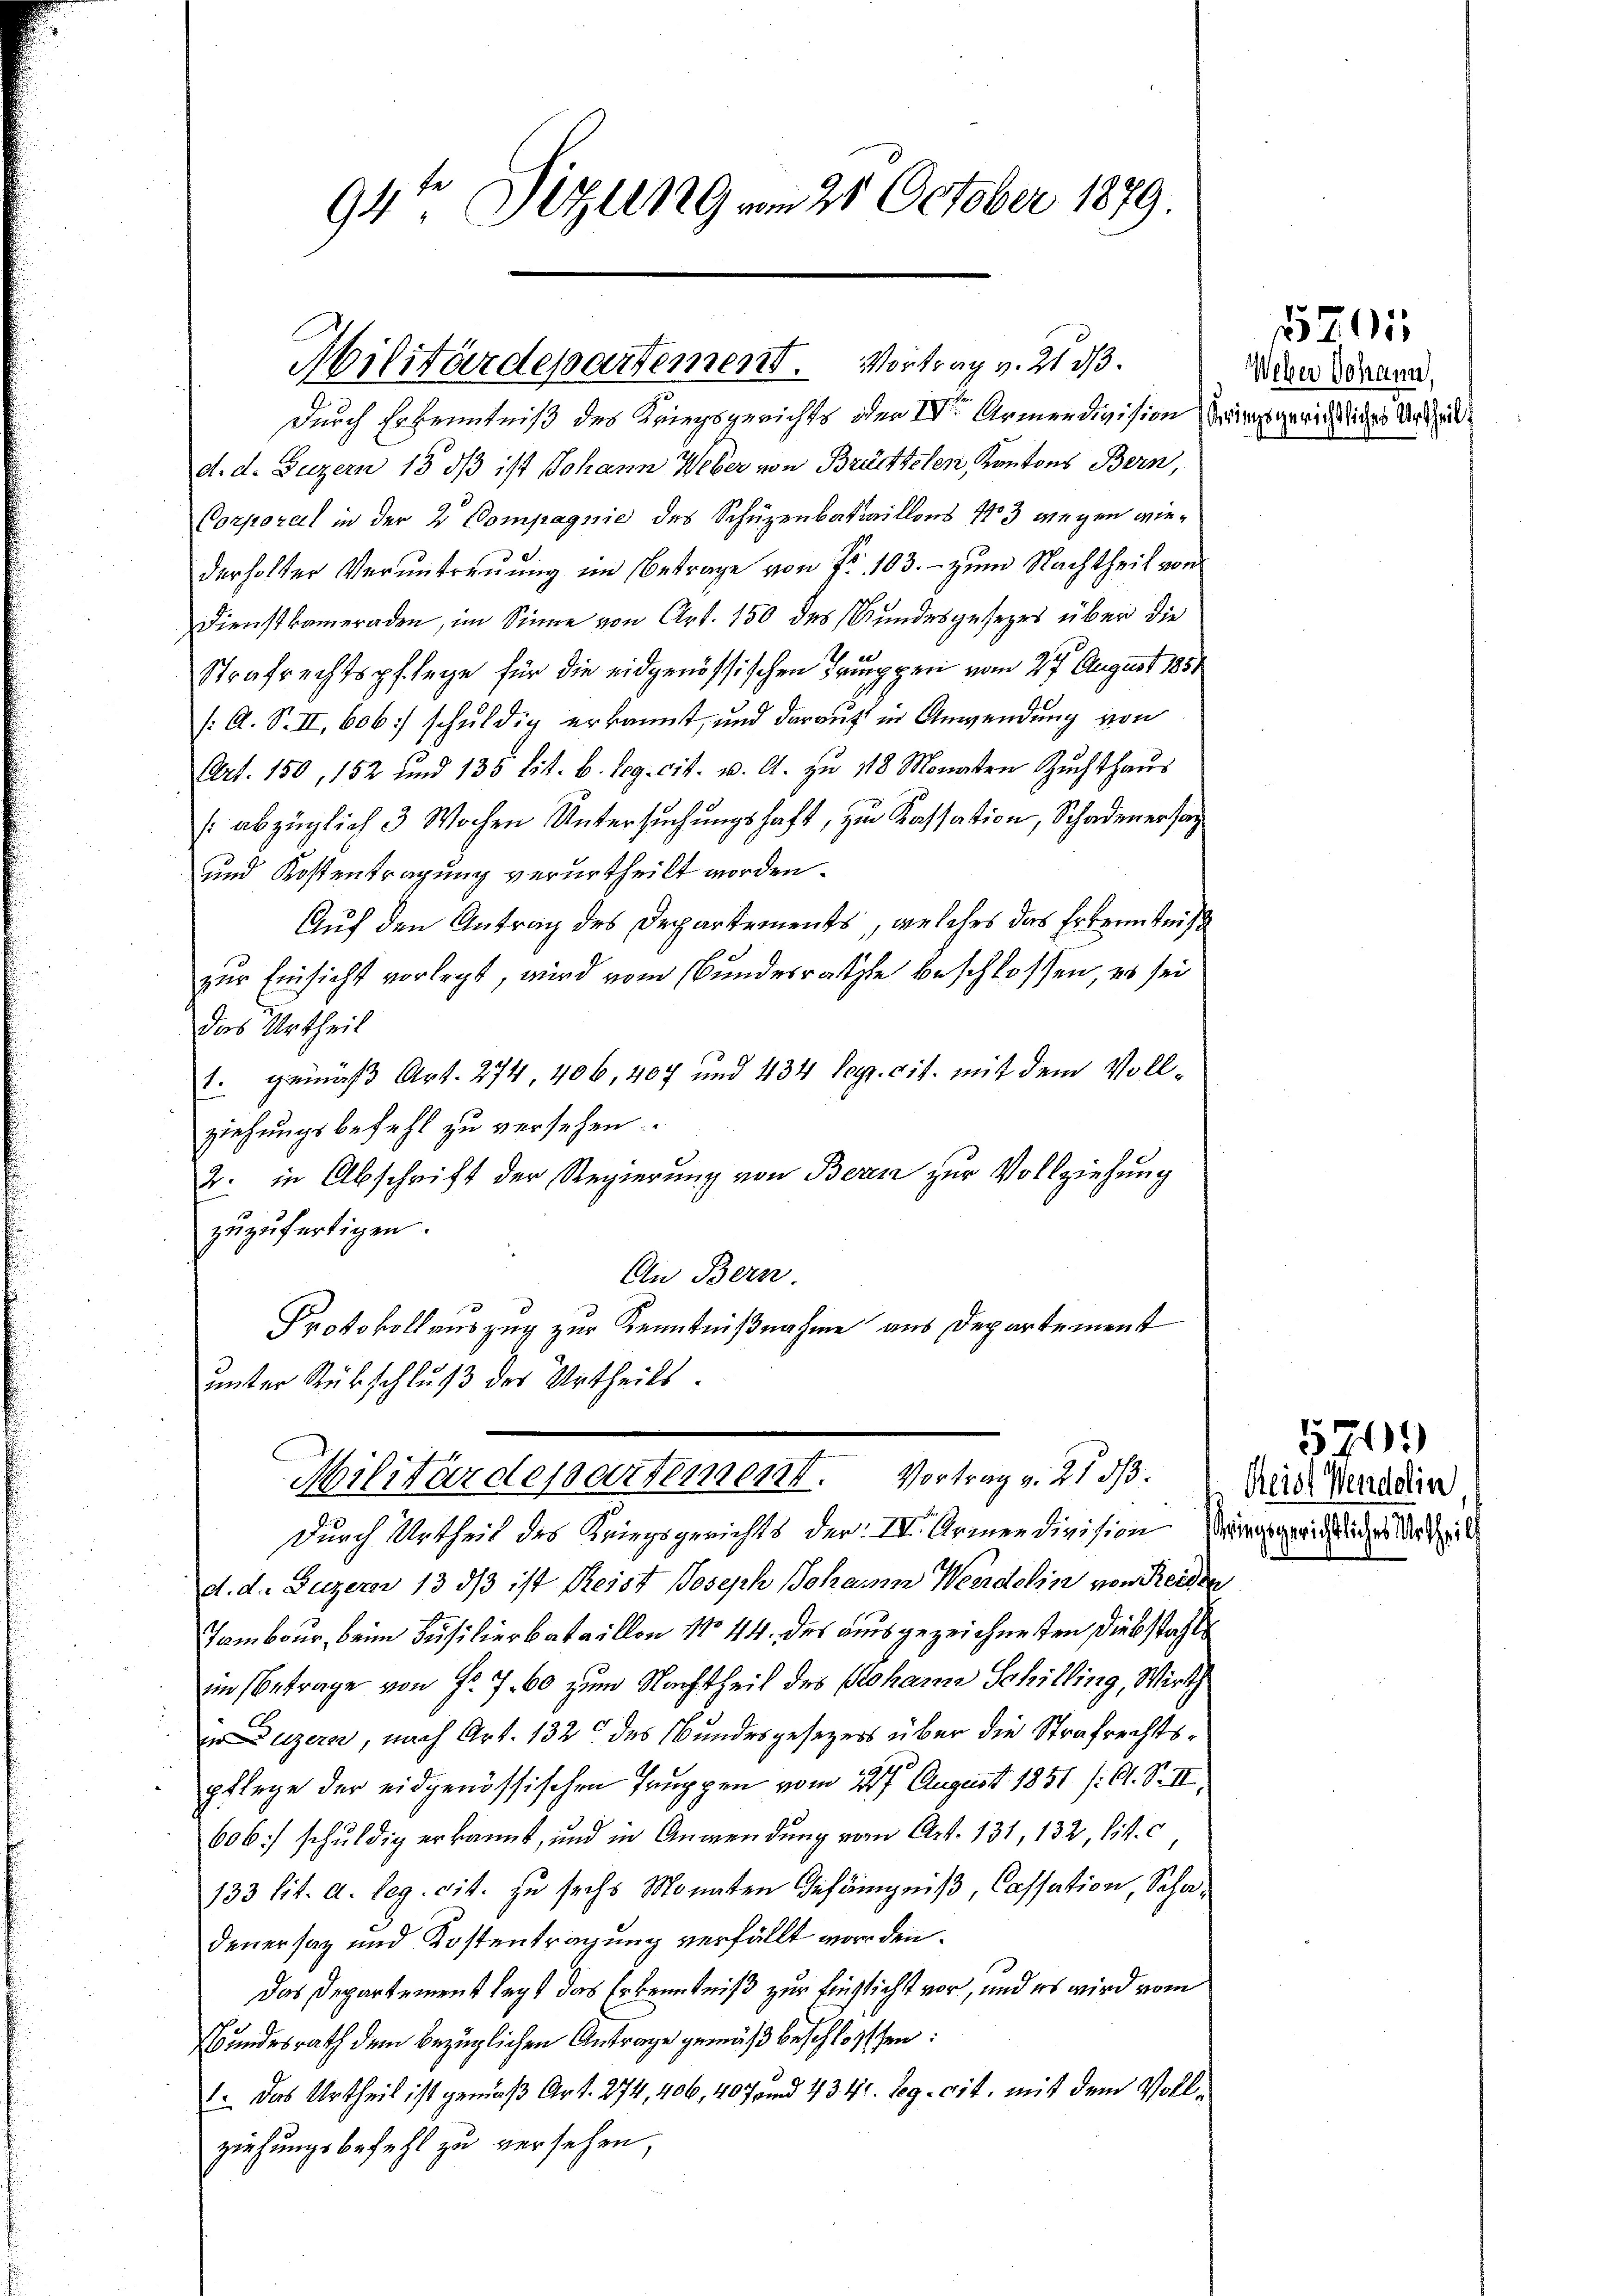
94te Sitzung am 21. October 1879.

Militärdepartement. Vortrag v. 21. d.

durch Erkenntniß des Kriegsgerichts oder IVr Armendivision bringsgerichtliches Urtheild. d. Luzern 18 dß ist Johann Weber von Brüchtelen, Kantons Bern,
Corporal in der 2 Dompagnie des Schüzenbataillons 1783 wegen wiederholter Veruntreuung im Betrage von Fr. 103. - zum Nachtheil von
Dienstkameraden, im Sinne von Art. 150 des Bundesgesezes über die
Strafrechtspflege für die eidgenössischen Truppen vom 27. August 1851
/A. S. II, 606.) schuldig erkannt, und darauf in Anwendung von
Art. 150, 152 und 135 lit. b. Reg. cit. u. A. zŭ 18 Monaten Zuchthaŭs
(abzüglich 3 Wochen Untersuchungshaft, zu Kassation, Schadenersag
und Kostentragung verurtheilt worden.
Auf den Antrag des Departements, welches das Erkenntniß
zur Einsicht vorlegt, wird vom Bundesrathe beschlossen, es sei
Das Urtheil
1. gemäß Art. 274, 406, 407 und 434 Popp. cit. mit dem Vollziehungsbefehl zu versehen.
2. in Abschrift der Regierung von Beren zur Vollziehung
zuzufertigen.
An Bern
2
.
Protokollauszug zur Kenntnißnahme aus Departement
unter Rückschluß der Urtheils.

Militärdepartement. Vortrag v. 21 d

Durch Urtheil des Kriegsgerichts der IV. Armendivision dingsgerichtliches Urtheil
d. d. Luzern 13 dß ist Reist Joseph Johann Weidelin von Reiden
Tambour, beim Füsilierbataillon No 44. des ausgezeichneten Diebstahle
im Betrage von Fr. 7. 60 zum Nachtheil des Johann Schilling, Wirth
uzern, nach Art. 132 des Bundesgesezess über die Strafrechtspflege der eidgenössischen Truppen vom 14ten August 1851 /: A. S. III.
606] schuldig erkannt, und in Anwendung vom Art. 131, 132, litt.
133 lit. a. Reg. cit. zu sechs Monaten Gefängniß, Cassation, Schadenersaz und Kostentragung verfällt worden.
Das Departement legt das Erkenntniß zur Einsicht vor, und es wird vom
Bundesrath dem bezüglichen Antrage gemäß beschlossen:
1. Das Urtheil ist gemäß Art. 274, 406, 40 Jund 434. Seg. cit. mit dem Vollziehungsbefehl zu versehen,

5201
Weber Johann,

5701)
Reist Vendolin